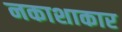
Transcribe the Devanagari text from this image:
नकाशाकार